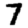
Digit: 7